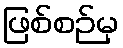
ဖြစ်စဉ်မှ